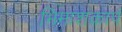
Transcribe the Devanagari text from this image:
भिमाशंक्रापं